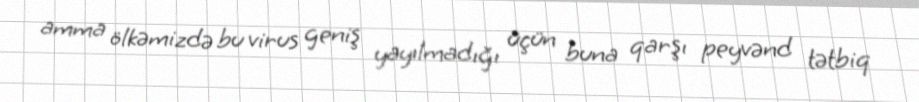
amma ölkəmizdə bu virus geniş yayılmadığı üçün buna qarşı peyvənd tətbiq